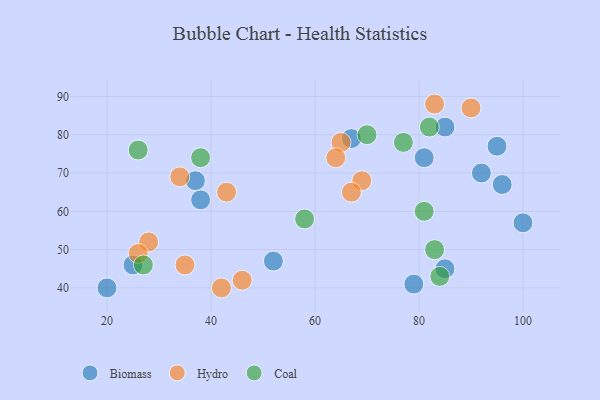
{"axis": {"x": "GDP", "y": "Life Expectancy"}, "legend": ["Biomass", "Coal", "Hydro"], "data": [{"x": "37", "y": 68, "type": "Biomass"}, {"x": "20", "y": 40, "type": "Biomass"}, {"x": "100", "y": 57, "type": "Biomass"}, {"x": "79", "y": 41, "type": "Biomass"}, {"x": "95", "y": 77, "type": "Biomass"}, {"x": "38", "y": 63, "type": "Biomass"}, {"x": "96", "y": 67, "type": "Biomass"}, {"x": "92", "y": 70, "type": "Biomass"}, {"x": "85", "y": 45, "type": "Biomass"}, {"x": "81", "y": 74, "type": "Biomass"}, {"x": "85", "y": 82, "type": "Biomass"}, {"x": "67", "y": 79, "type": "Biomass"}, {"x": "25", "y": 46, "type": "Biomass"}, {"x": "52", "y": 47, "type": "Biomass"}, {"x": "42", "y": 40, "type": "Hydro"}, {"x": "28", "y": 52, "type": "Hydro"}, {"x": "43", "y": 65, "type": "Hydro"}, {"x": "90", "y": 87, "type": "Hydro"}, {"x": "35", "y": 46, "type": "Hydro"}, {"x": "65", "y": 78, "type": "Hydro"}, {"x": "64", "y": 74, "type": "Hydro"}, {"x": "26", "y": 49, "type": "Hydro"}, {"x": "46", "y": 42, "type": "Hydro"}, {"x": "69", "y": 68, "type": "Hydro"}, {"x": "67", "y": 65, "type": "Hydro"}, {"x": "83", "y": 88, "type": "Hydro"}, {"x": "34", "y": 69, "type": "Hydro"}, {"x": "26", "y": 76, "type": "Coal"}, {"x": "77", "y": 78, "type": "Coal"}, {"x": "84", "y": 43, "type": "Coal"}, {"x": "27", "y": 46, "type": "Coal"}, {"x": "38", "y": 74, "type": "Coal"}, {"x": "58", "y": 58, "type": "Coal"}, {"x": "83", "y": 50, "type": "Coal"}, {"x": "70", "y": 80, "type": "Coal"}, {"x": "81", "y": 60, "type": "Coal"}, {"x": "82", "y": 82, "type": "Coal"}]}